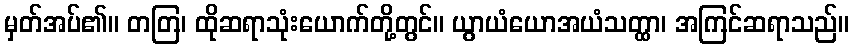
မှတ်အပ်၏။ တတြ၊ ထိုဆရာသုံးယောက်တို့တွင်။ ယွာယံယောအယံသတ္ထာ၊ အကြင်ဆရာသည်။